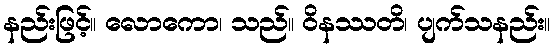
နည်းဖြင့်။ လောကော၊ သည်။ ဝိနဿတိ၊ ပျက်သနည်း။